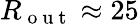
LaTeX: R_{\mathrm{~o~u~t~}}\approx 25